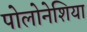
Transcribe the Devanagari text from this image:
पोलोनेशिया